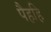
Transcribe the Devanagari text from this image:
पैहहि